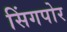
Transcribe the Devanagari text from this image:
सिंगपोर